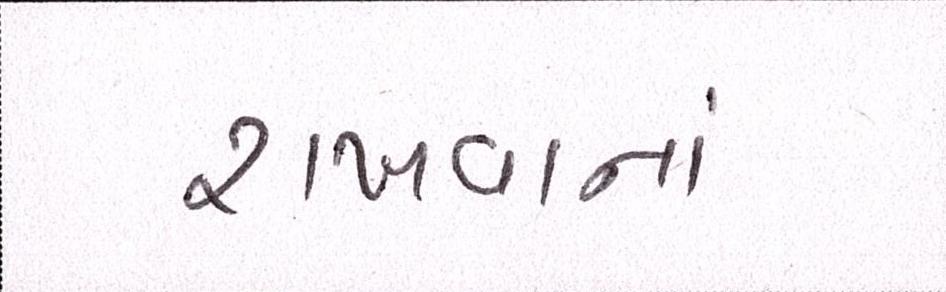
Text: રાખવાનાં